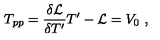
T _ { p p } = { \frac { \delta { { \cal L } } } { \delta T ^ { \prime } } } T ^ { \prime } - { \cal L } = V _ { 0 } \ ,